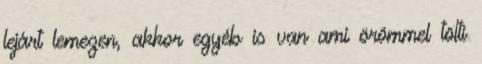
lejárt lemezen, akkor egyéb is van ami örömmel tölti